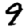
Digit: 9